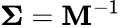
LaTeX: \boldsymbol{\Sigma}=\mathbf{M}^{-1}